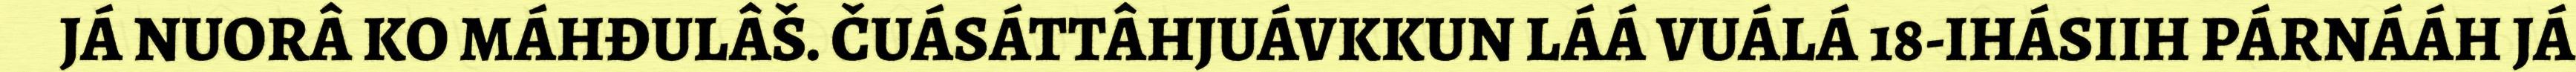
JÁ NUORÂ KO MÁHĐULÂŠ. ČUÁSÁTTÂHJUÁVKKUN LÁÁ VUÁLÁ 18-IHÁSIIH PÁRNÁÁH JÁ